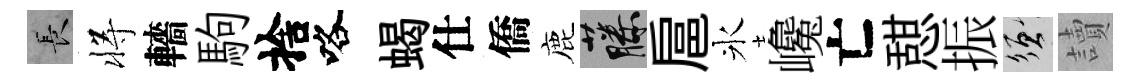
长将轖駒捨咯蝎仕僑鹿藤扈氷巉亡憇振須讀